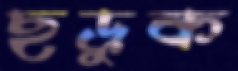
ছড়ুক